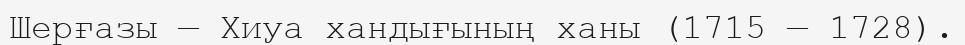
Шерғазы — Хиуа хандығының ханы (1715 — 1728).